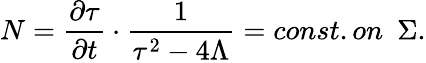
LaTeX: N=\frac{\partial\tau}{\partial t}\cdot\frac{1}{\tau^{2}-4\Lambda}=const.on\mathrm{~\ }\Sigma.